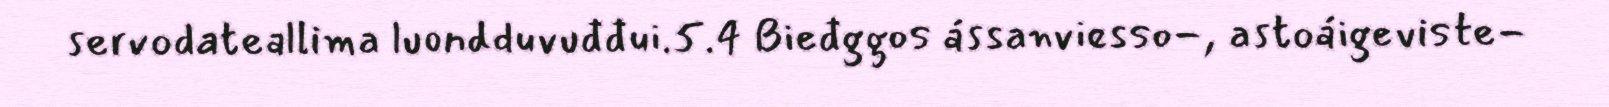
servodateallima luondduvuđđui.5.4 Bieđggos ássanviesso-, astoáigeviste-